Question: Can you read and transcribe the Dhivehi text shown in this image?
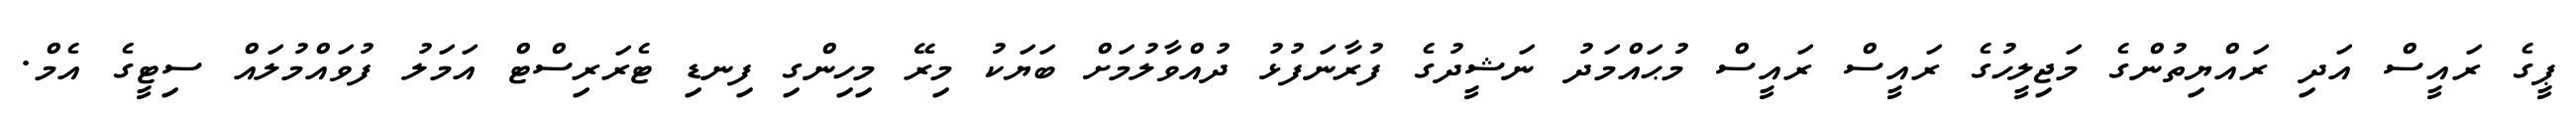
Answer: ޕީގެ ރައީސް އަދި ރައްޔިތުންގެ މަޖިލީހުގެ ރައީސް ރައީސް މުޙައްމަދު ނަޝީދުގެ ފުރާނަފުޅު ދުއްވާލުމަށް ބަޔަކު މިރޭ މިހިންގި ފިނޑި ޓެރަރިސްޓް އަމަލު ފުވައްމުލައް ސިޓީގެ އެމް.